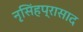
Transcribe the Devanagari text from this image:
नृसिंहप्रासाद